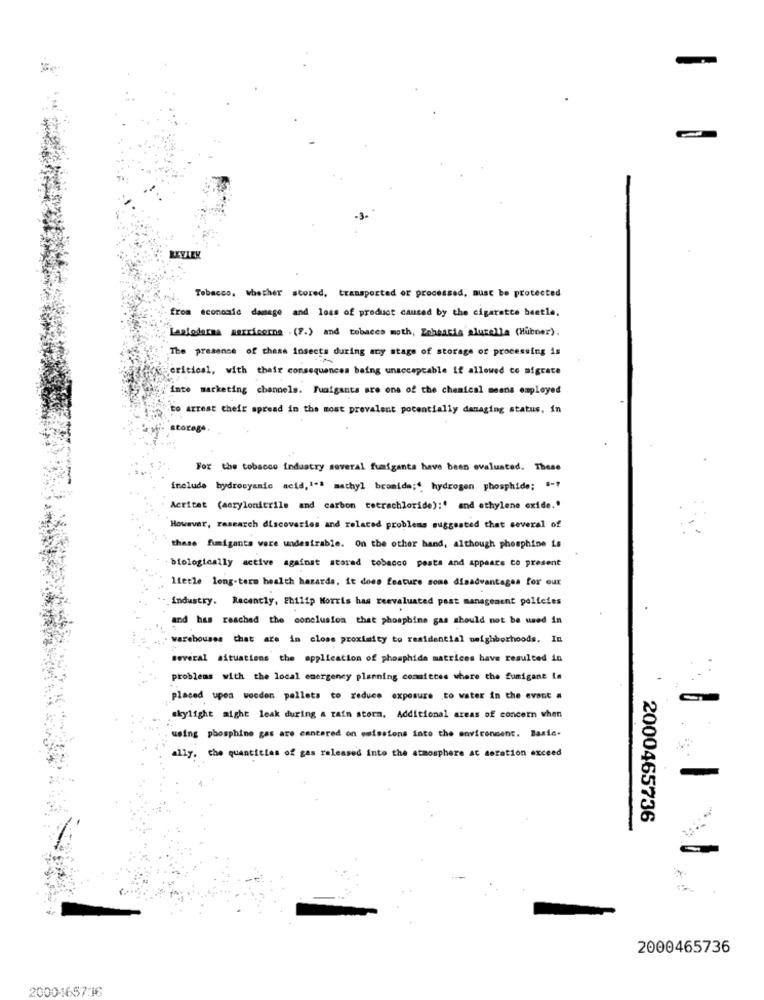
-
Tobacco, whether stored, transported or processed, must be protected
from economic damage and loss of product caused by the cigarette beetle,
Laziodarna sarricorna (F.) and tobaces moth, Enbearis alurella (Hubner).
The presence of these insects during any stage of storage of processing is
critical, with their consequences being unacceptable if allowed to migrate
"inte marketing channels. Fuaigants are one of the chemical means employed
to arrest their spread in the most prevalent potentially damaging status, in
storage
For the tobacco industry several fuafgants have been ovalusted. These
include hydrosyamic acid,1"> mathyl bromide ;*, hydrogen phosphide; 8-7
Acritet (acrylonitrile and carbon tetrachloride);' and ethylene exide."
However, research discoveries and related problems suggested that several of
these fumigants vare undesirable. On the other hand, although phosphine is
biologically active against stored tobacco pesta and appears to present
Ifetle long-term health hazards, it does feature some disadvantages for our
Industry. Recently, Philip Morris has reevaluated past management policies
and has reached the conclusion that phosphine gas should not be used in
warehouses that are in close proximity to residential neighborhoods. In
several situations the application of phosphide matrices have resulted in
problems with the local emergency planning committee where the fumigane te
placed upen wooden pellets to reduce exposure to water in the event a
skylight aight leak during a rain storm, Additional areas of concern when
using phosphine gas are centered on emissions into the environment. Basic.
ally. the quantities of gas released into the atmosphere at deration exceed
2000465736
2000465736
2000165716